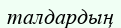
талдардың